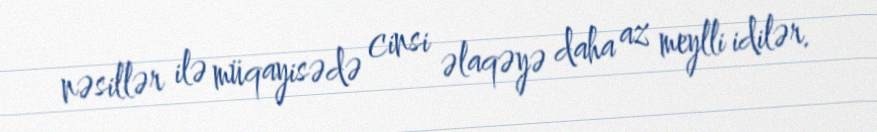
nəsillər ilə müqayisədə cinsi əlaqəyə daha az meylli idilər.